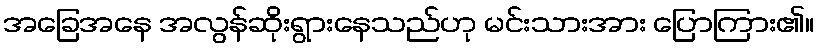
အခြေအနေ အလွန်ဆိုးရွားနေသည်ဟု မင်းသားအား ပြောကြား၏။